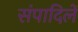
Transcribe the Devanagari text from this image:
संपादिलें